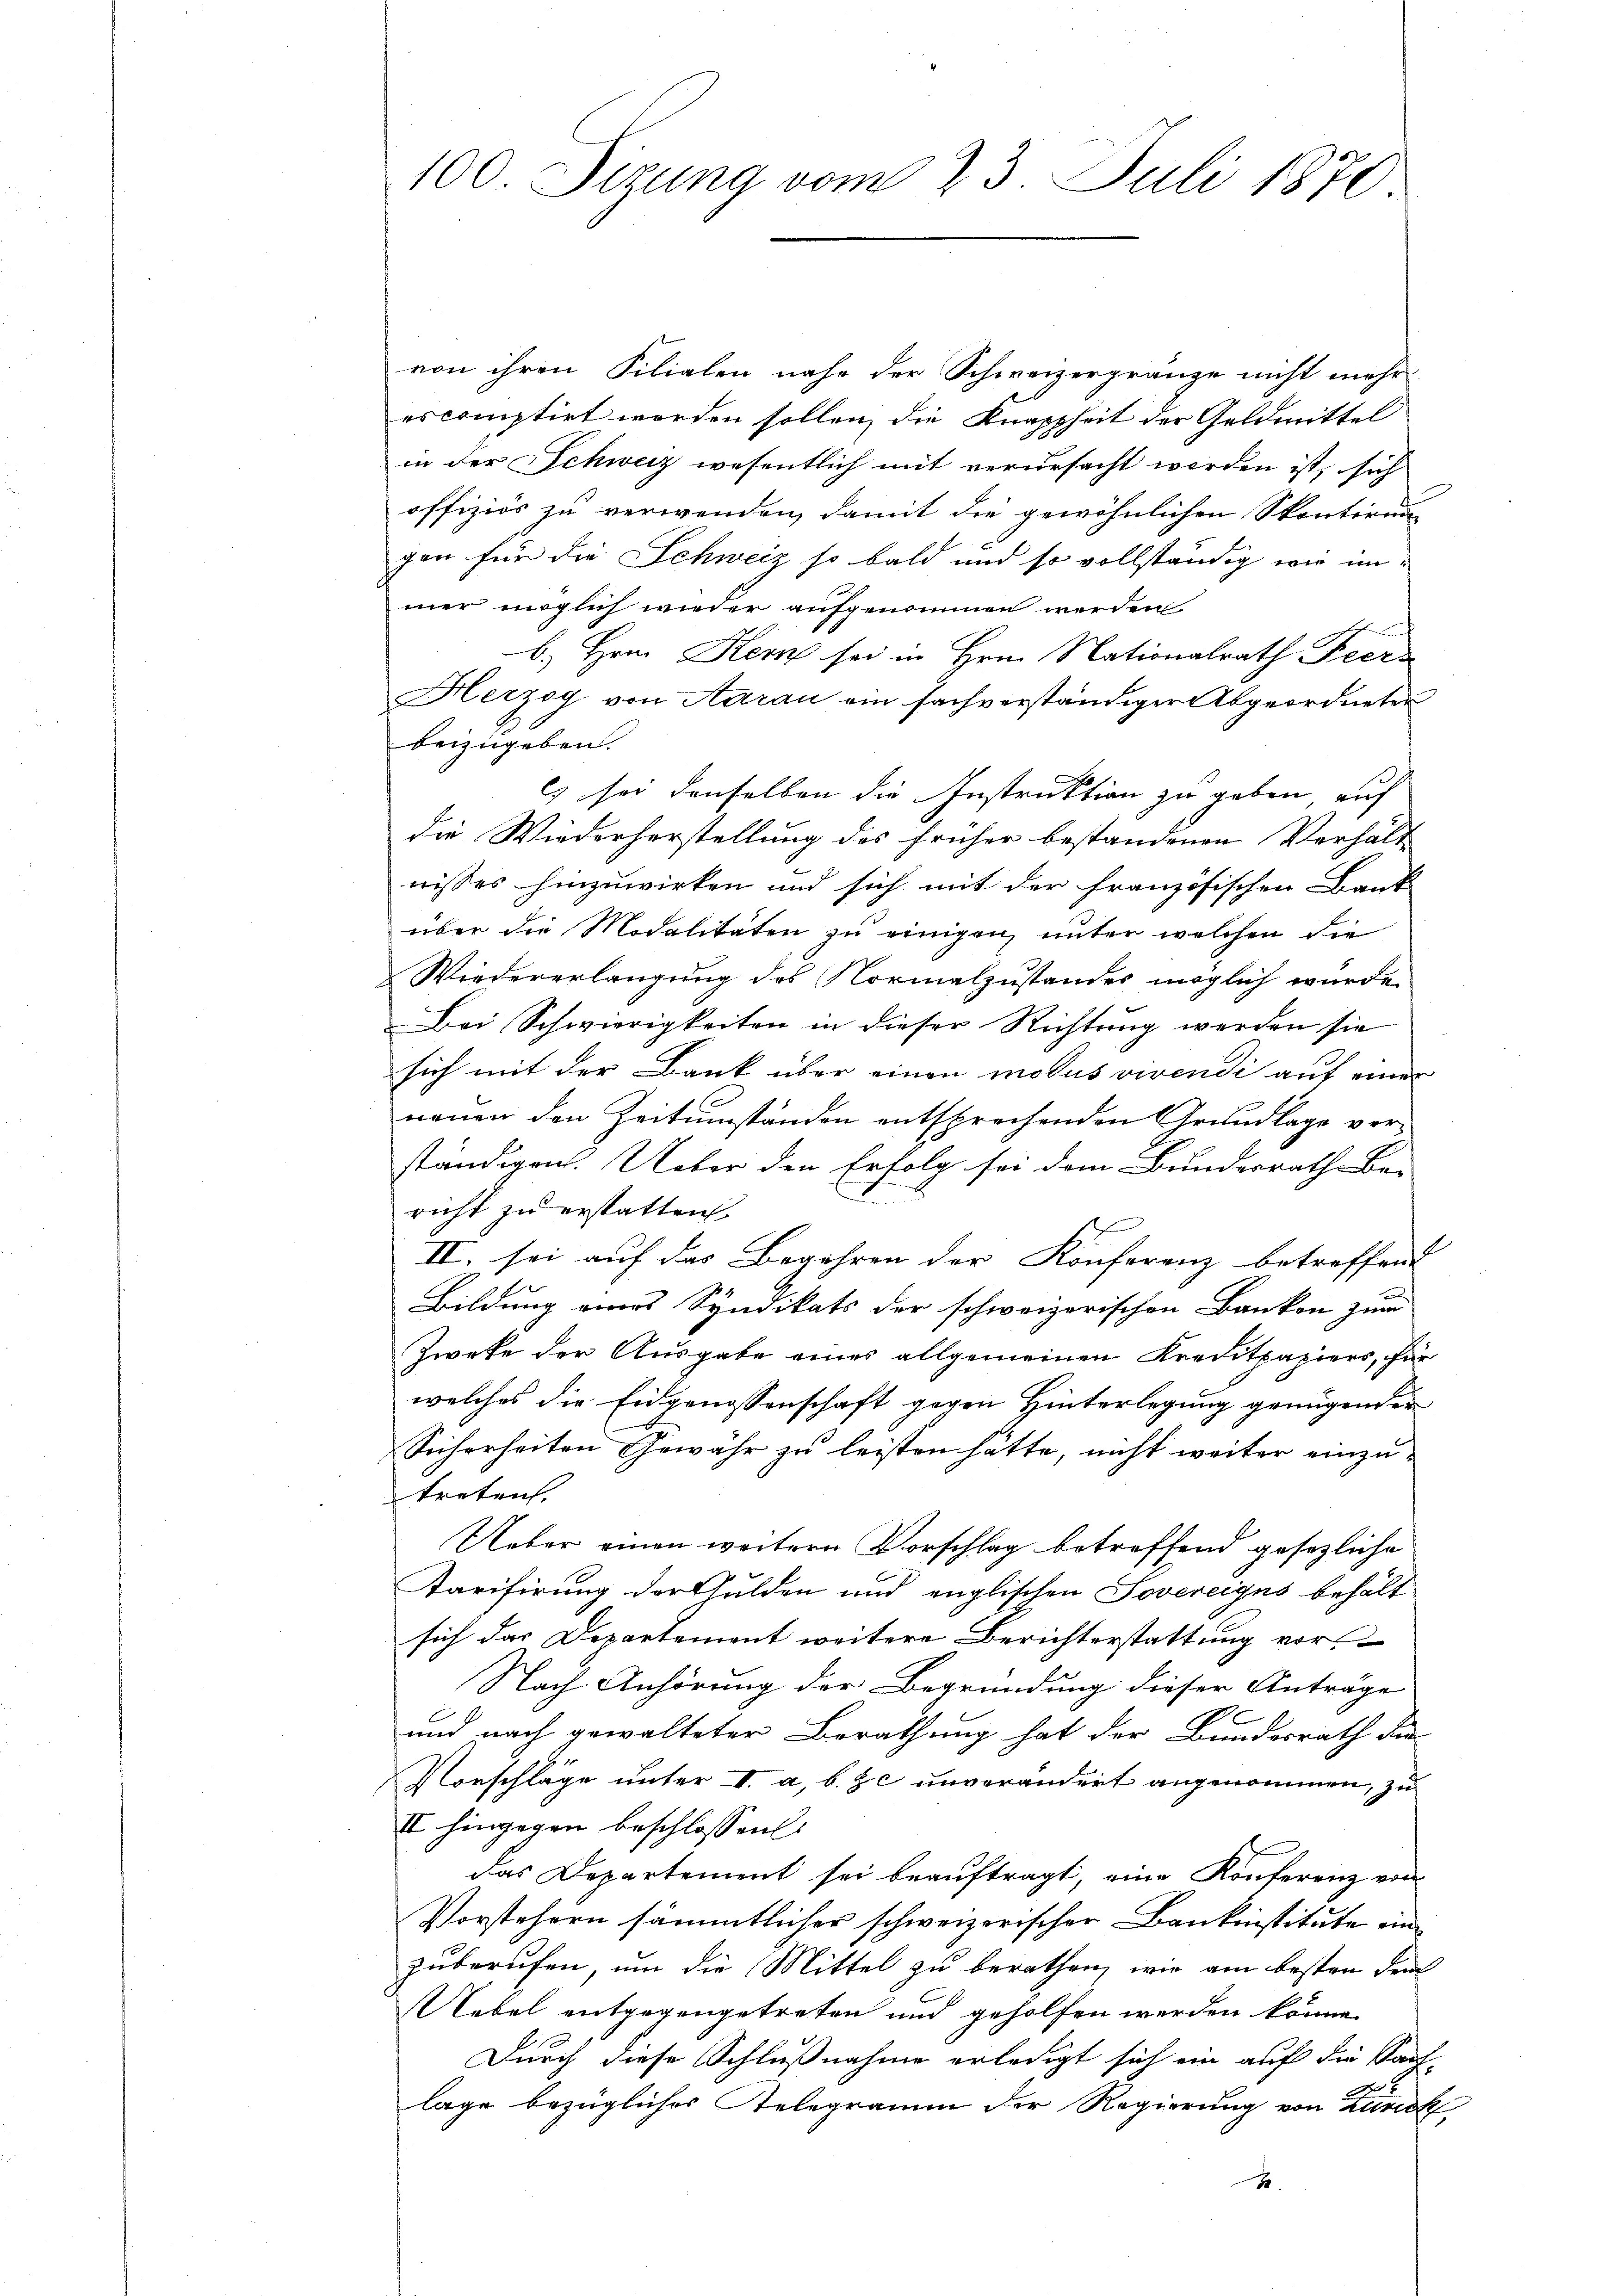
100 Sizung vom 23. Juli 1870.

von ihren Filialen nahe der Schweizergränze nicht mehr
es comptirt worden sollen, die Knappheit der Geldmittel
in der Schweiz wesentlich mit verursacht werden ist, sich
offiziös zu verwenden, damit die gewöhnlichen Skontirun
gen für die Schweiz so bald und so vollständig wir immer möglich wieder aufgenommen werden
.
b) Hrn. Kern sei in Hrn. Nationalrath Fierz
Herzog von Aarau ein fachverständiger Abgeordneter
beizugeben.
c) sei denselben die Instruktion zu geben auf
die Wiederherstellung des früher bestandenen Verhält-
nisses hinzuwirken und sich mit der französischen Bank
über die Modalitäten zu einigen unter welchen die
Wiedererlangung des Normalzustandes möglich würde.
Bei Schwierigkeiten in dieser Richtung werden sie
sich mit der Bank über einen modus vivendi auf einer
neuen den Zeitumständen entsprechenden Grundlage ver-
ständigen. Ueber den Erfolg sei dem Bunderrath Be-
richt zu erstatten.
II. sei auf das Begehren der Konferenz betreffend |
Bildung eines Syndikats der schweizerischen Banken zum
Zweke der Ausgabe eines allgemeinen Kreditpapiers, für
welches die Eidgenossenschaft gegen Hinterlegung genügender
Sicherheiten Gewähr zu leisten hätte, nicht weiter einzu-
treten.
Ueber einen weitern Vorschlag betreffend gesezliche
Karifirung der Gulden und englischen Sovereigns behält
sich das Departement weitere Berichterstattung vor
Nach Anhörung der Begründung dieser Anträge
x
und nach gewalteter Berathung hat der Bundesrath die
Vorschläge unter I. a, b. & c unverändert angenommen, zu
II hingegen beschlossen:
das Departement sei beauftragt, eine Konferenz von
Vorstehern sämmtlicher schweizerischer Bankinstitute einzuberufen, um die Mittel zu berathen, wie am besten dem
Uebel entgegengetreten und geholfen werden könne.
Durch diese Schlußnahme erledigt sich ein auf die Sach-
lage bezügliches Gelegramm der Regierung von Zureck
x